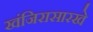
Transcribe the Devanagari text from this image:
खंजिरासारखे